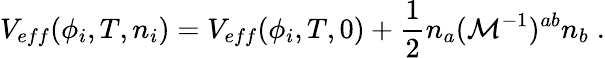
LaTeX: V_{eff}(\phi_{i},T,n_{i})=V_{eff}(\phi_{i},T,0)+{\frac{1}{2}}n_{a}({\cal M}^{-1})^{ab}n_{b}\; .